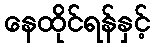
နေထိုင်ရန်နှင့်